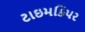
ટાઇમકિપર